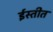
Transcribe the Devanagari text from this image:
ईस्तीत